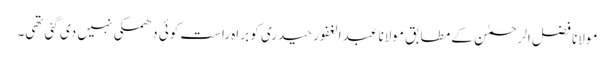
مولانا فضل الرحمٰن کے مطابق مولانا عبد الغفور حیدری کو براہ راست کوئی دھمکی نہیں دی گئی تھی۔